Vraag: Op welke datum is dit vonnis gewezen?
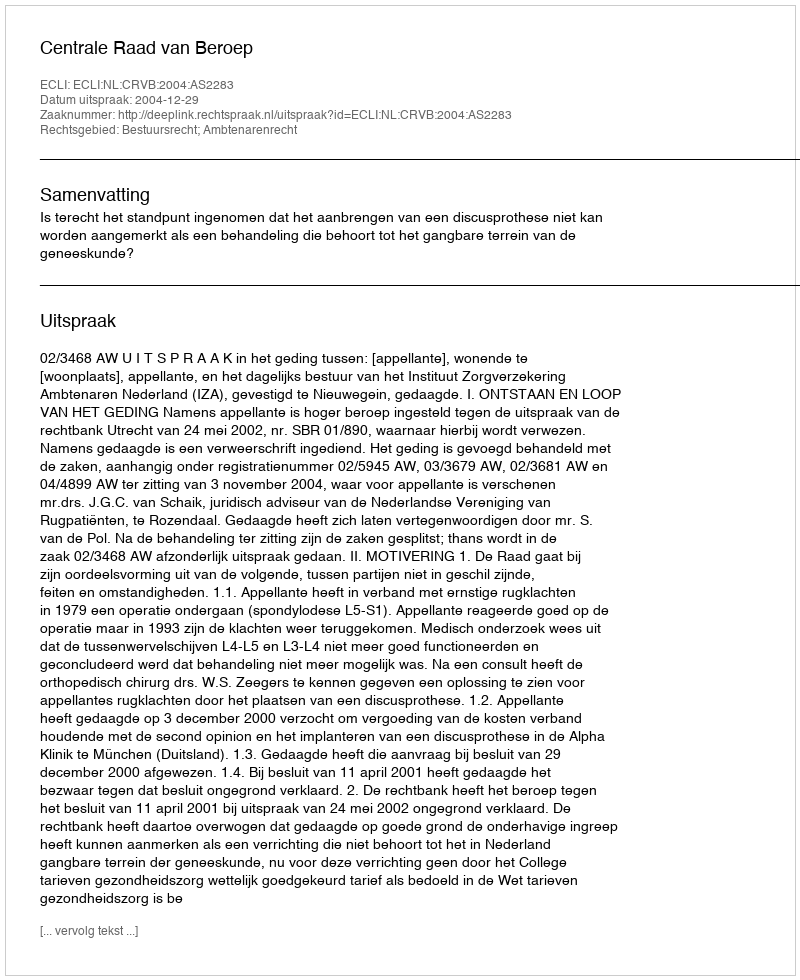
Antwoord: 2004-12-29